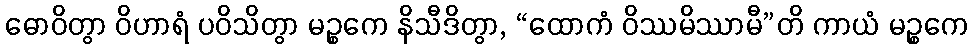
ဓောဝိတွာ ဝိဟာရံ ပဝိသိတွာ မဉ္စကေ နိသီဒိတွာ, “ထောကံ ဝိဿမိဿာမီ”တိ ကာယံ မဉ္စကေ